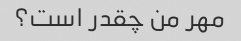
مهر من چقدر است؟